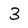
Character: 3